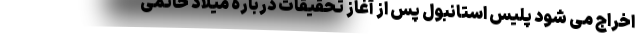
اخراج می شود پلیس استانبول پس از آغاز تحقیقات درباره میلاد حاتمی